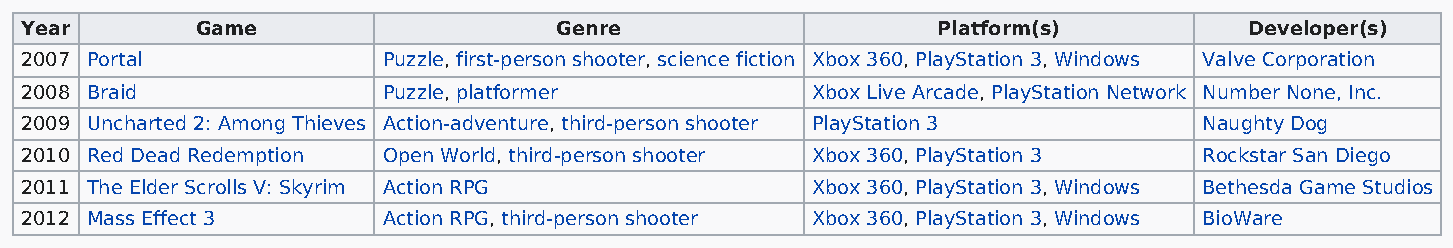
Year        Game                    Genre                    Platform(s)          Developer(s)
 2007 Portal             Puzzle, first-person shooter, science fiction Xbox 360, PlayStation 3, Windows Valve Corporation
 2008 Braid              Puzzle, platformer           Xbox Live Arcade, PlayStation Network Number None, Inc.
 2009 Uncharted 2: Among Thieves Action-adventure, third-person shooter PlayStation 3 Naughty Dog
 2010 Red Dead Redemption Open World, third-person shooter Xbox 360, PlayStation 3 Rockstar San Diego
 2011 The Elder Scrolls V: Skyrim Action RPG          Xbox 360, PlayStation 3, Windows Bethesda Game Studios
 2012 Mass Effect 3      Action RPG, third-person shooter Xbox 360, PlayStation 3, Windows BioWare